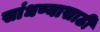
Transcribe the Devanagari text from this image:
सांधण्यासाठी